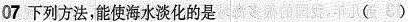
07下列方法，能使海水淡化的是 ()